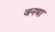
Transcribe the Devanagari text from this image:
जनथा